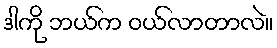
ဒါကို ဘယ်က ဝယ်လာတာလဲ။